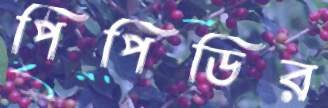
পিপিডির